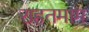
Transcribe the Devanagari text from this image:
राहतमाम